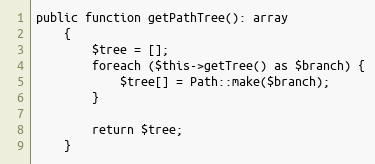
Language: PHP
public function getPathTree(): array
    {
        $tree = [];
        foreach ($this->getTree() as $branch) {
            $tree[] = Path::make($branch);
        }

        return $tree;
    }